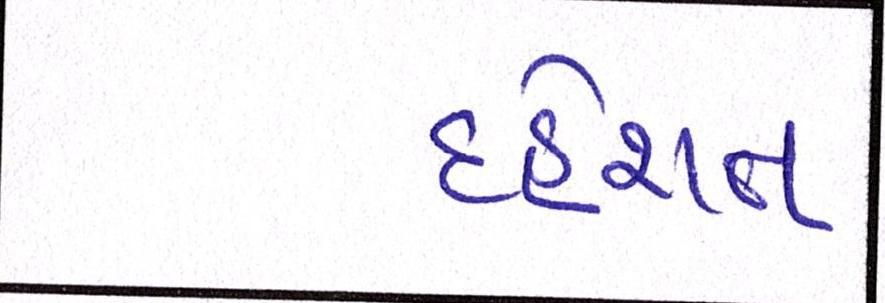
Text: દહેશત